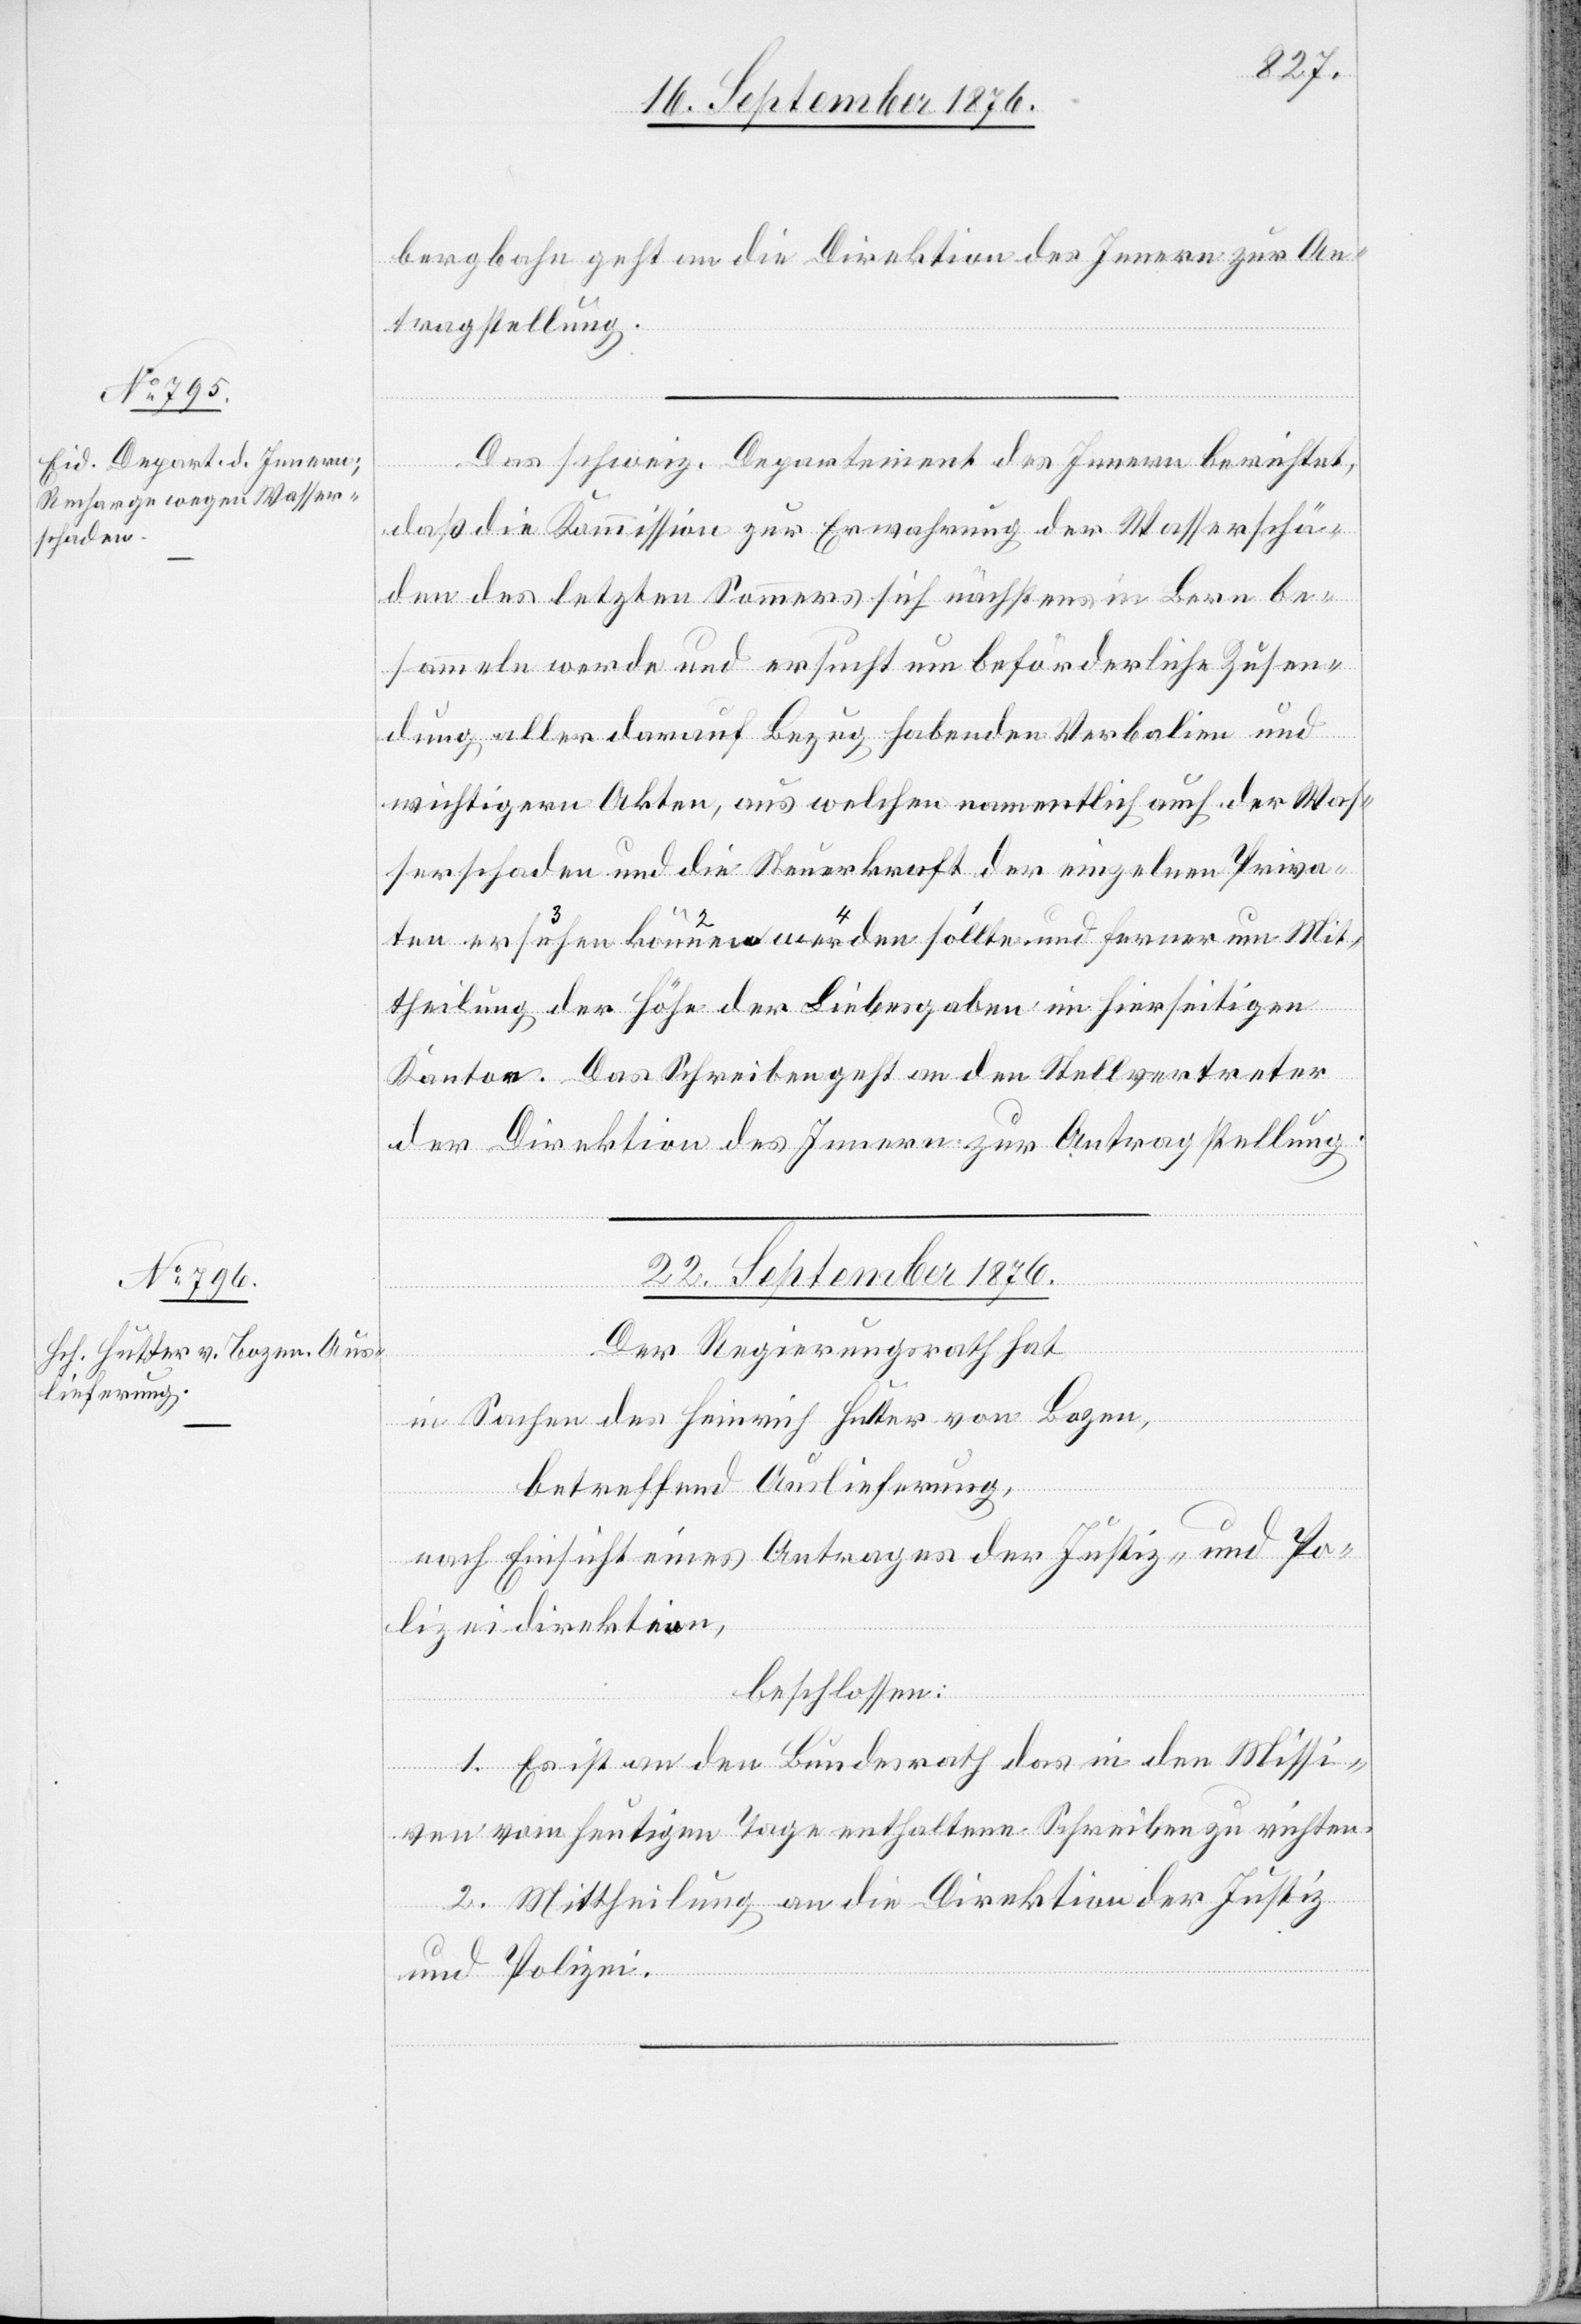
20. September 1876.]
bergbahn geht an die Direktion des Innern zur An¬
tragstellung.
Das schweiz. Departement des Innern berichtet,
daß die Kommission zur Erwahrung der Wasserschä¬
den des letzten Sommers sich nächstens in Bern be¬
sammeln werde und ersucht um beförderliche Zusen¬
dung aller darauf Bezug habenden Verbalien und
wichtigern Akten, aus welchen namentlich auch der Was¬
serschaden und die Steuerkraft der einzelnen Priva¬
ten ersuchen könne werden sollte [recte: sol¬
theilung der Höhe der Liebesgaben im hierseitigen
Kanton. Das Schreiben geht an den Stellvertreter
der Direktion des Innern zur Antragstellung.
22. September 1876.
Mit¬
Der Regierungsrath hat,
in Sachen des Heinrich Hutter von Bozen,
betreffend Auslieferung,
nach Einsicht eines Antrages der Justiz- und Po¬
lizeidirektion,
beschlossen:
1. Es ist an den Bundesrath das in den Missi¬
um
ven vom heutigen Tage enthaltene Schreiben zu richten.
2. Mittheilung an die Direktion der Justiz
und Polizei.